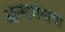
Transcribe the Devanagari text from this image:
आत्मारामाचा